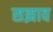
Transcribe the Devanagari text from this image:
सझाव